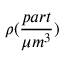
\rho ( \frac { p a r t } { \mu m ^ { 3 } } )